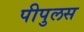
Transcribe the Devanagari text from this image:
पीपुलस